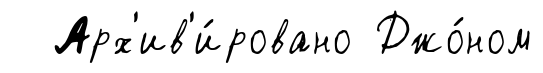
Арх'ив'и́ровано Джо́ном